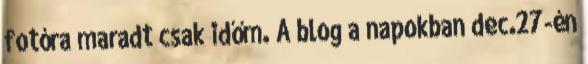
fotóra maradt csak időm. A blog a napokban dec.27-én